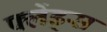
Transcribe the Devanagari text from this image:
फ्लेंड्स